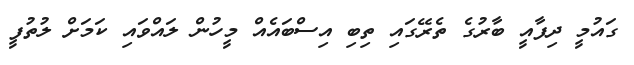
ގައުމީ ދިފާއީ ބާރުގެ ތެރޭގައި ތިބި އިސްބައެއް މީހުން ލައްވައި ކަމަށް ލުތުފީ